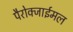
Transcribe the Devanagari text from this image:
पैरोक्जाईमल